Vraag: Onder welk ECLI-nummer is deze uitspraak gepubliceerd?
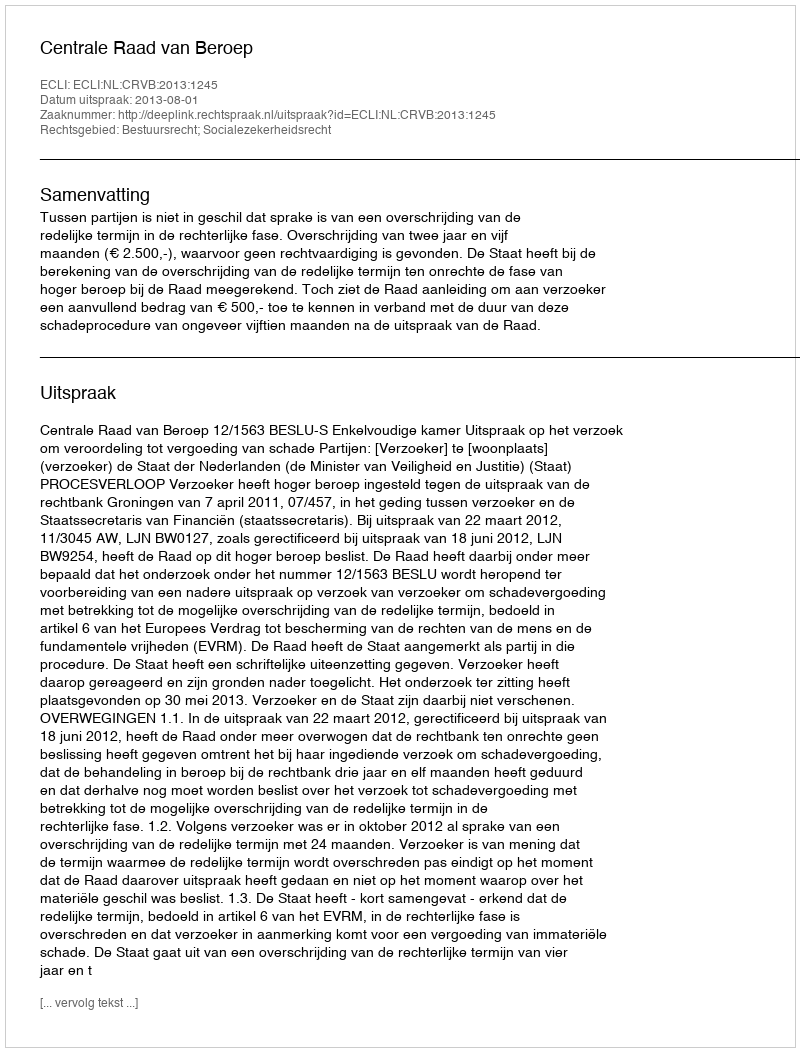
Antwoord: ECLI:NL:CRVB:2013:1245